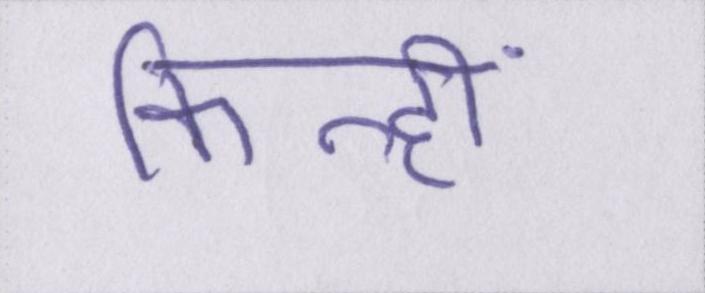
किन्हीं